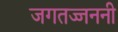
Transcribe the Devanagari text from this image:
जगतज्जननी